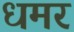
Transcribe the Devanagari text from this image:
धमर